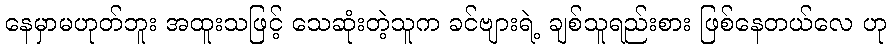
နေမှာမဟုတ်ဘူး အထူးသဖြင့် သေဆုံးတဲ့သူက ခင်ဗျားရဲ့ ချစ်သူရည်းစား ဖြစ်နေတယ်လေ ဟု